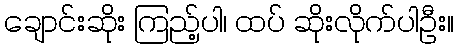
ချောင်းဆိုး ကြည့်ပါ၊ ထပ် ဆိုးလိုက်ပါဦး။